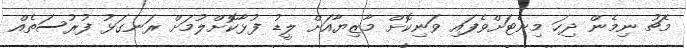
މެޗު ނިމެން ދިހަ މިނެޓަށްވެފައި ވަނިކޮށް މާޒިޔާއަށް ލީޑު ފުޅާކޮށްލުމަށް ރަނގަޅު ފުރުސަތެއް